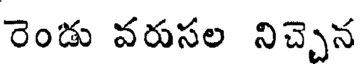
రెండు వరుసల నిచ్చెన